Karksi_vallavalitsus, lk 15
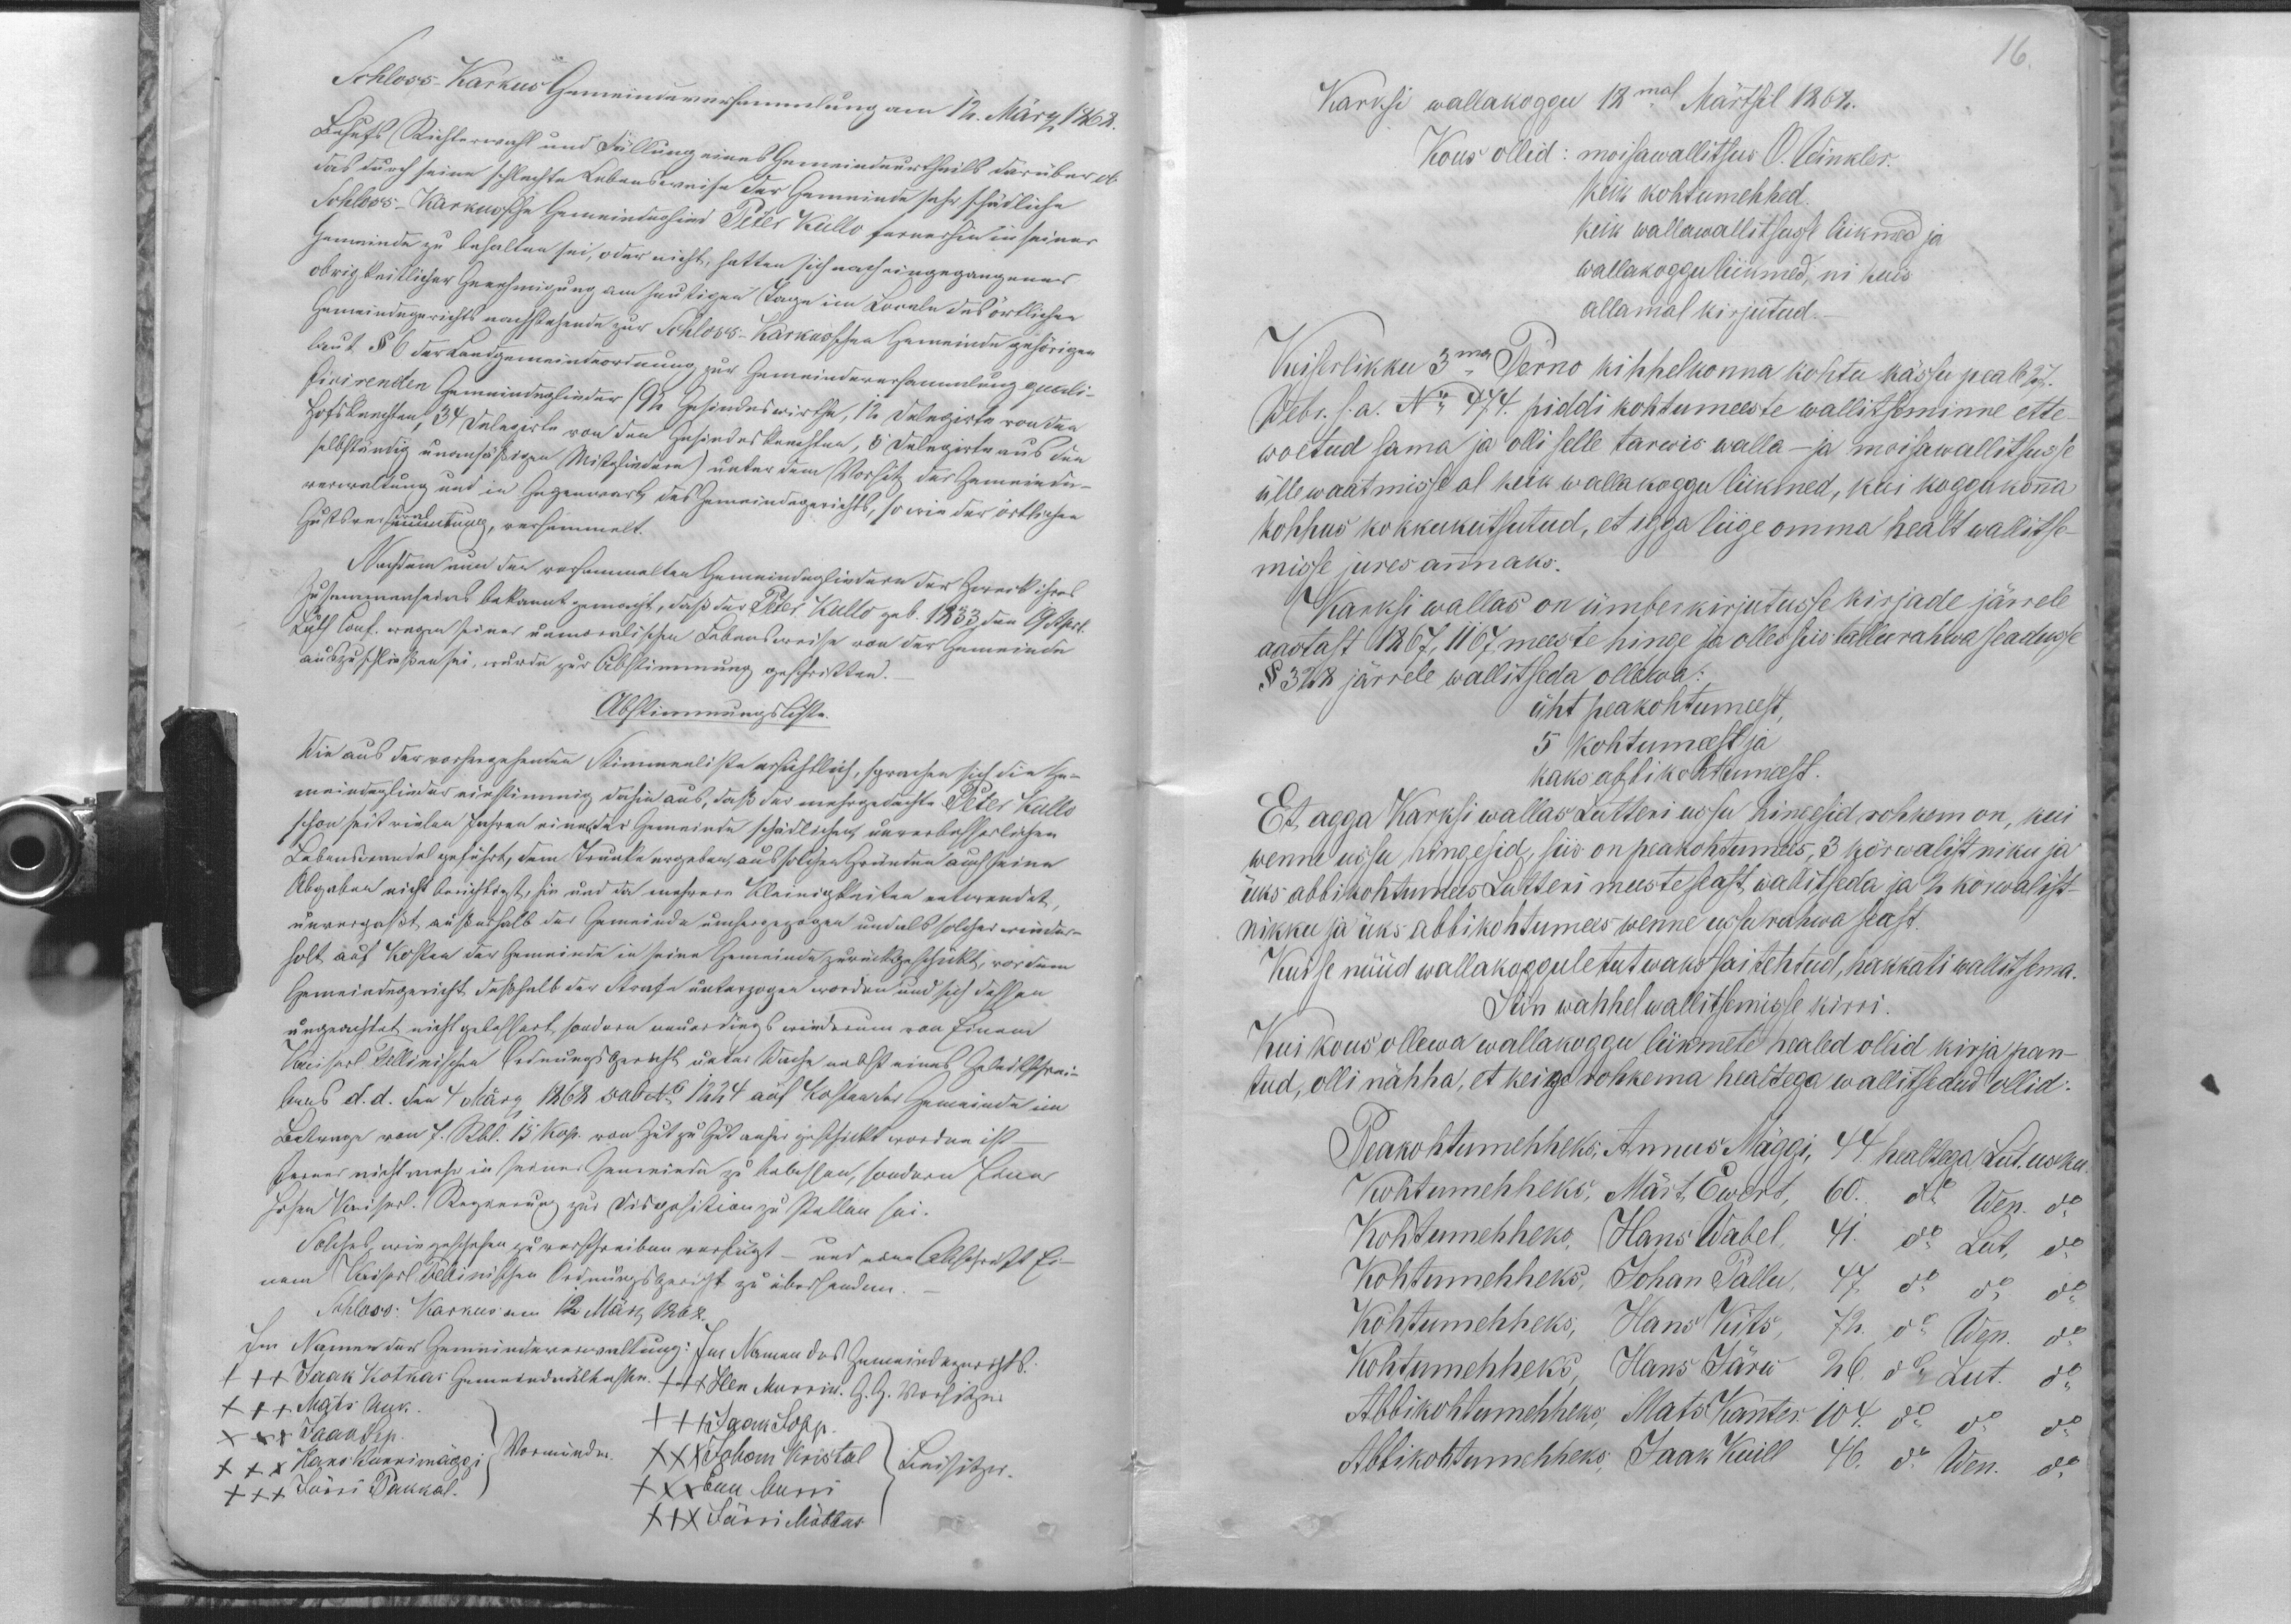
+++ Jaak Kotkas
+++ Hen Murrik.
+++ Mats Uuk
XXX JaanSep.
+++ Jaak Josep
XXX Hans Kunnimäggi
XXX Johan Kristal
XXX Jürri Pakkal.
XXX Enn Murri
XXX Jürri Mõttus.

16.
Karksi wallakoggu 18mal Märtsil 1868.
Kous ollid: moisawallitsus O. Winkler.
Keik kohtumehhed
keik wallawalitsusse liikmed ja
wallakoggu liikmed, ni kuis
allamal kirjutud.
Keiserlikku 3ma Perno kihhelkonna kohtu kässu peale 27.
Webr. s.a. No 474. piddi kohtumeeste wallitseminne ette
woetud sama ja olli selle tarwis walla- ja moisawallitsusse
üllewaatmisse al keik wallakoggu liikmed, kui koggukonna
kohhus kokkukutsutud, et igga liige omma healt wallitse-
misse jures annaks.
Karksi wallas on ümberkirjutusse kirjade järrele
aastast 1867, 1167 meeste hinge ja olles siis tallurahwa seadusse
§ 328 järrele wallitseda ollewa:
üht peakohtumeest,
5 kohtumeest ja
kaks abbikohtumeest.
Et, agga Kaksi wallas Lutteri ussu hingesid rohkem on, kui
wenne ussu hingesid, siis on peakohtumees, 3 kõrwalistniku ja
üks abbikohtumees Lutteri meeste seast walitseda ja 2 kõrwalist-
nikku ja üks abbikohtumees wenne ussu rahwa seast.
Kui se nüüd wallakoguletutwaks sai tehtud, hakkati wallitsema.
Siin wahhel wallitsemisse kirri.
Kui kous ollewa wallakoggu liikmete healed ollid kirja pan-
tud, olli nähha, et keige rohkema healtega wallitsedud ollid.
Peakohtumehheks, Annus Mäggi, 44 heallega Lut. usku
Kohtumehheks, Märt Ewert, 60. do Wen. do
Kohtumehheks, Hans Wabel. 41. do Lut, do
Kohtumehheks, Johan Pallu, 47. do do do
Kohtumehheks, Hans Kits, 72. do Wen. do
Kohtumehheks, Hans Järw 26. do Lut. do
Abbikohtumehheks, Mats Kanter 104. do do do
Abbikohtumehheks, Jaak Kuill 46. do Wen. do